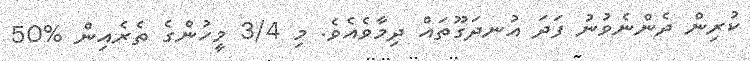
ކުރިން ދެންނެވުނު ފަދަ އުނދަގޫތައް ދިމާވެއެވެ. މި 3/4 މީހުންގެ ތެރެއިން %50